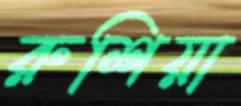
রুশিয়া